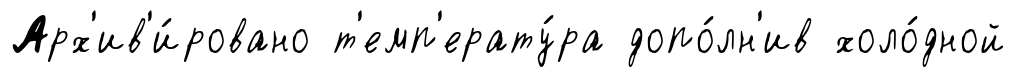
Арх'ив'и́ровано т'емп'ерату́ра допо́лн'ив холо́дной